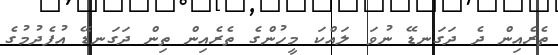
ތެރެއިން ދެ ދަގަނޑޭ ނުވަ ލައްކަ މީހުންގެ ތެރެއިން ތިން ދަގަނޑޭ އުފެދުމުގެ